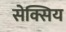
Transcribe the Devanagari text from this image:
सेक्सिय